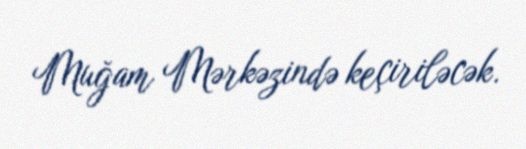
Muğam Mərkəzində keçiriləcək.